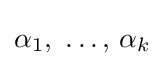
\alpha _{1},\ \ldots ,\,\alpha _{k}